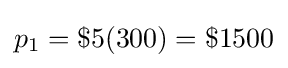
p_{1}=\$5(300)=\$1500